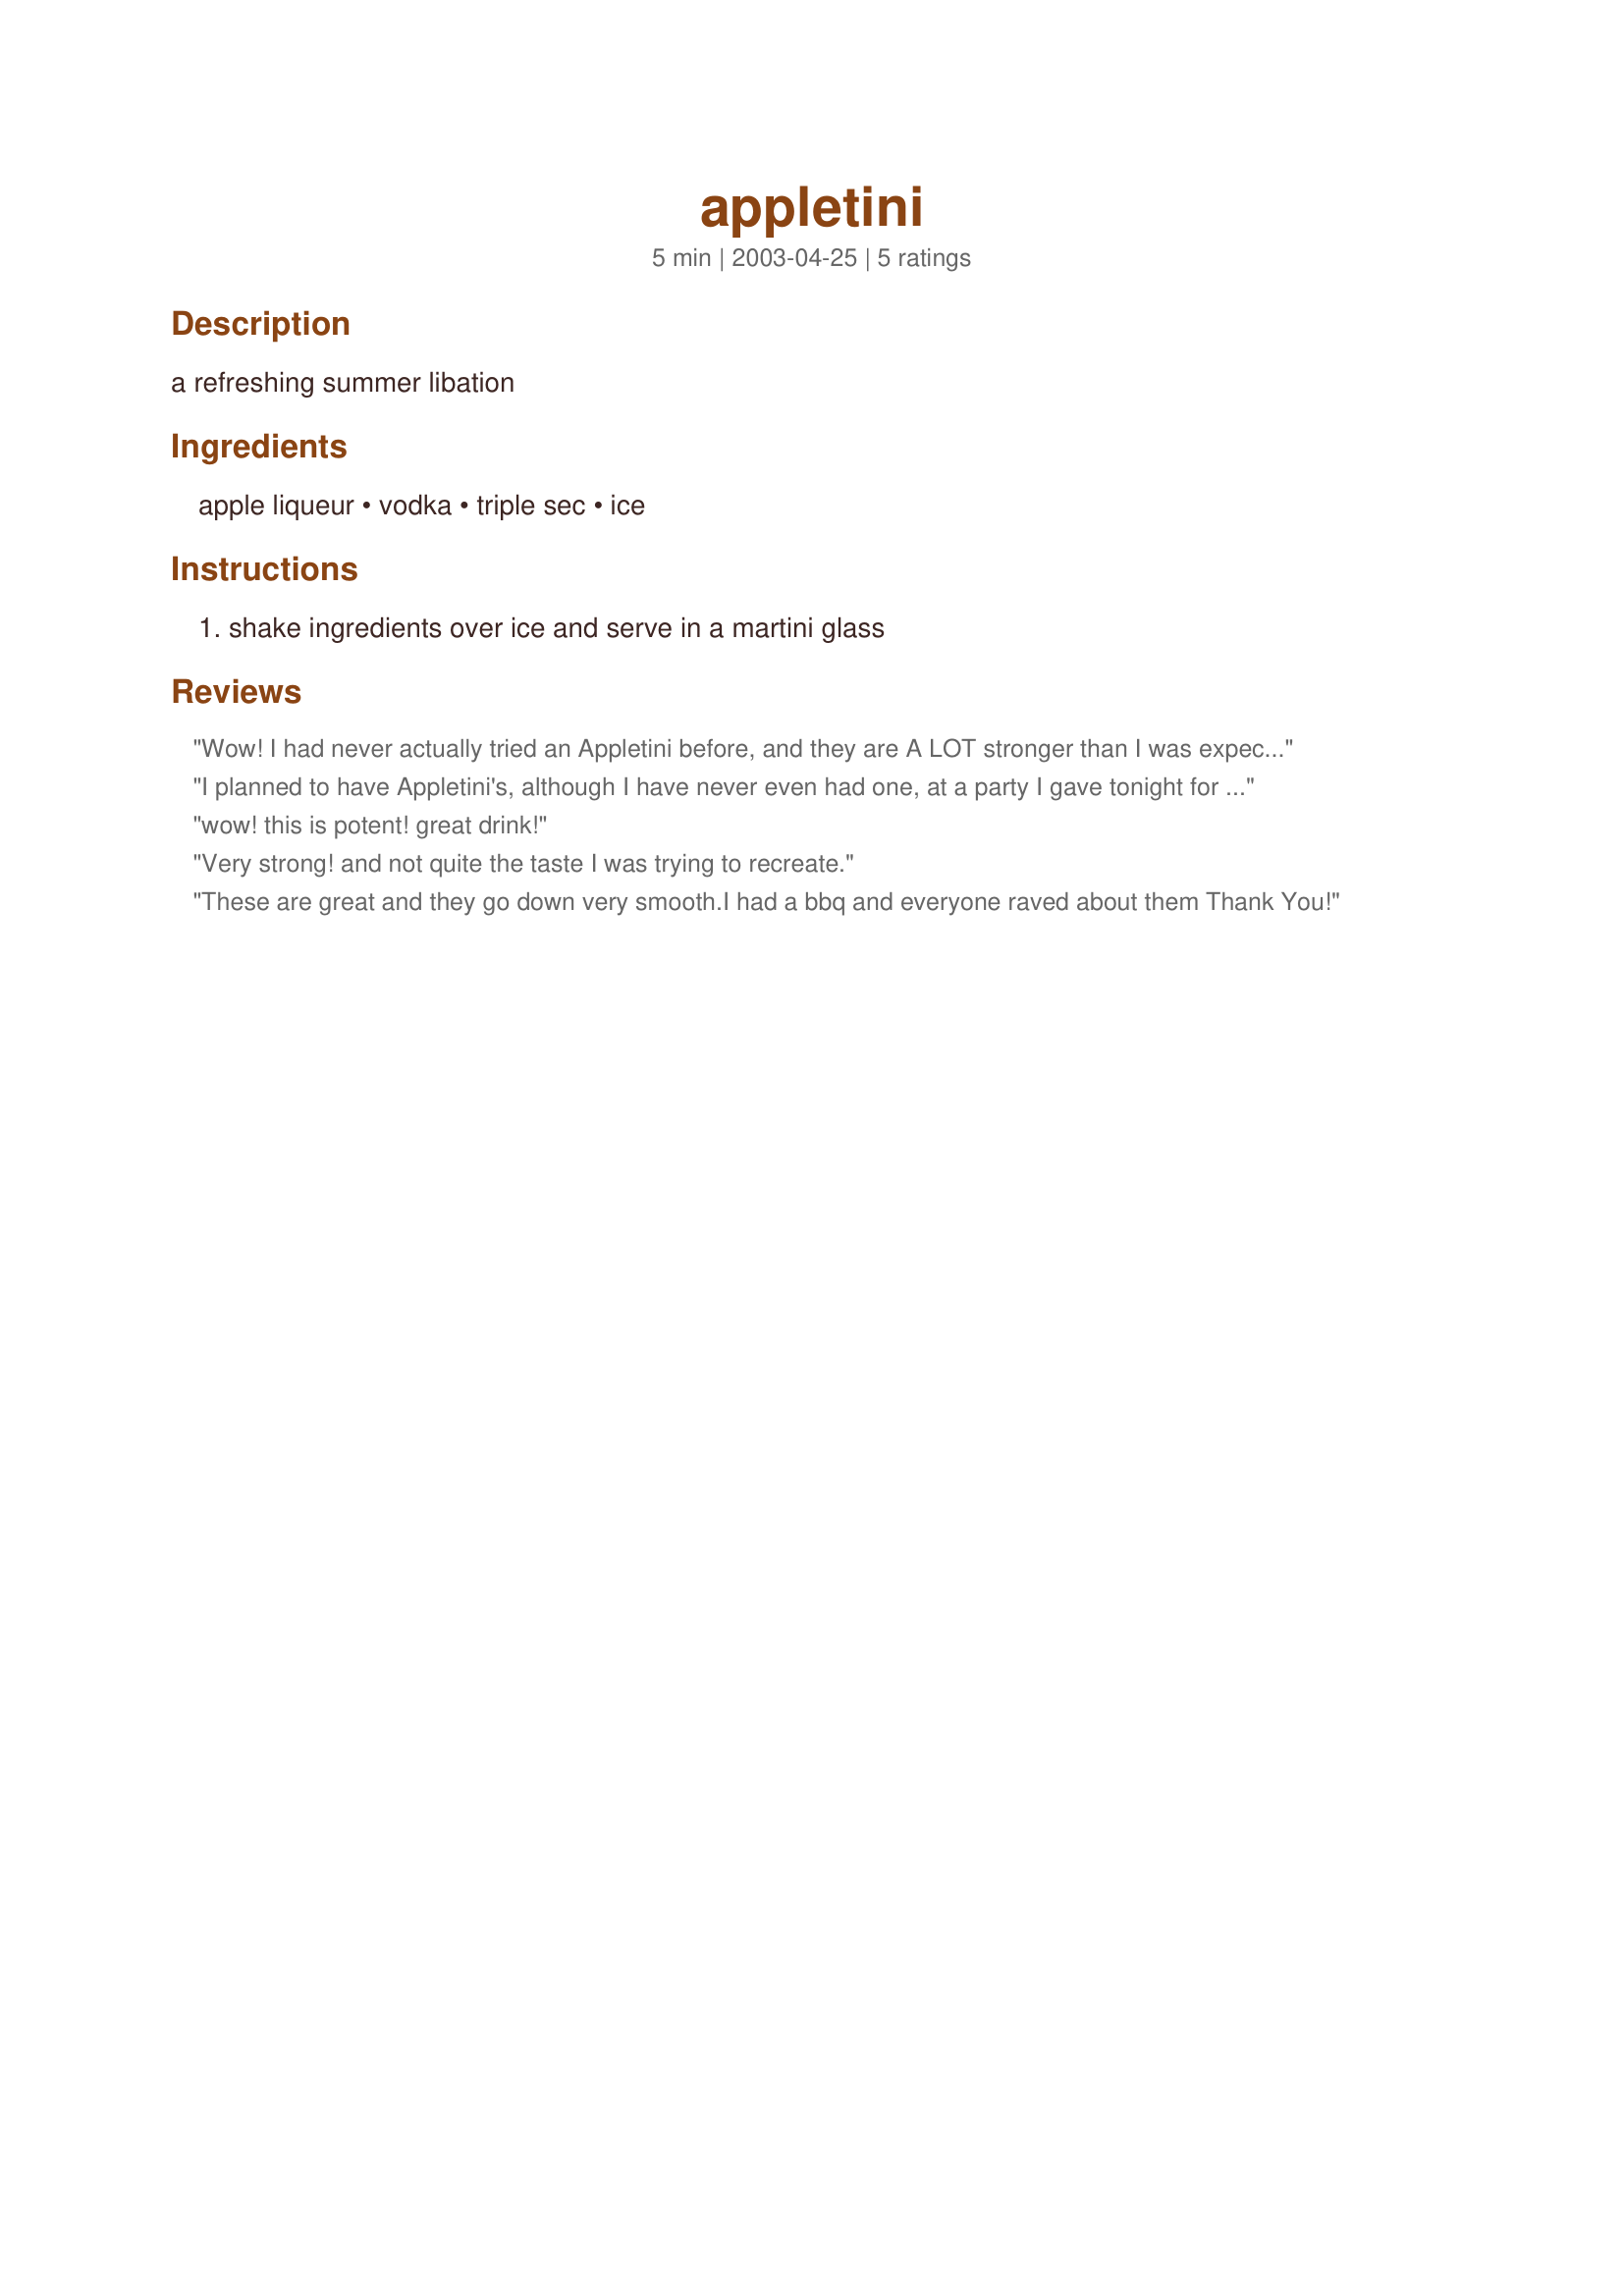
appletini
Preparation time: 5 minutes

a refreshing summer libation

Ingredients:
apple liqueur, vodka, triple sec, ice

Steps:
shake ingredients over ice and serve in a martini glass

Reviews:
Wow! I had never actually tried an Appletini before, and they are A LOT stronger than I was expecting. Very good though. Thanks Chia!
I planned to have Appletini's, although I have never even had one, at a party I gave tonight for 12 women. I searched online and this recipe sounded the tastiest because of the added taste of the triple sec. This is the one I chose and it was a hit. The only thing the others who have had an appletini before said, was that they would rim the glass with apple flavored sugar which you can apparently buy, but I did not know.
I gave the drink 4 stars because I have not had one before so I have nothing to compare it to-but I really liked it. Very refreshing and tasty.

Thanks for the recipe!
wow! this is potent! great drink!
Very strong! and not quite the taste I was trying to recreate.
These are great and they go down very smooth.I had a bbq and everyone raved about them Thank You!
